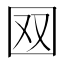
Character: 𡇄